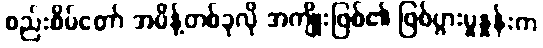
စည်းစိမ်တော် အမိန့်တစ်ခုလို အကျိုးဖြစ်၏ ဖြစ်ပွားမှုနှုန်းက